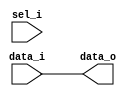
/* Generated by Yosys 0.27+9 (git sha1 101d19bb6, gcc 11.2.0-7ubuntu2 -fPIC -Os) */

(* top =  1  *)

module bsg_mux(data_i, sel_i, data_o);
  
  input [15:0] data_i;
  wire [15:0] data_i;
  
  output [15:0] data_o;
  wire [15:0] data_o;
  
  (* unused_bits = "0" *)
  wire \genblk1.unused ;
  
  input sel_i;
  wire sel_i;
  assign data_o = data_i;
  assign \genblk1.unused  = sel_i;
endmodule